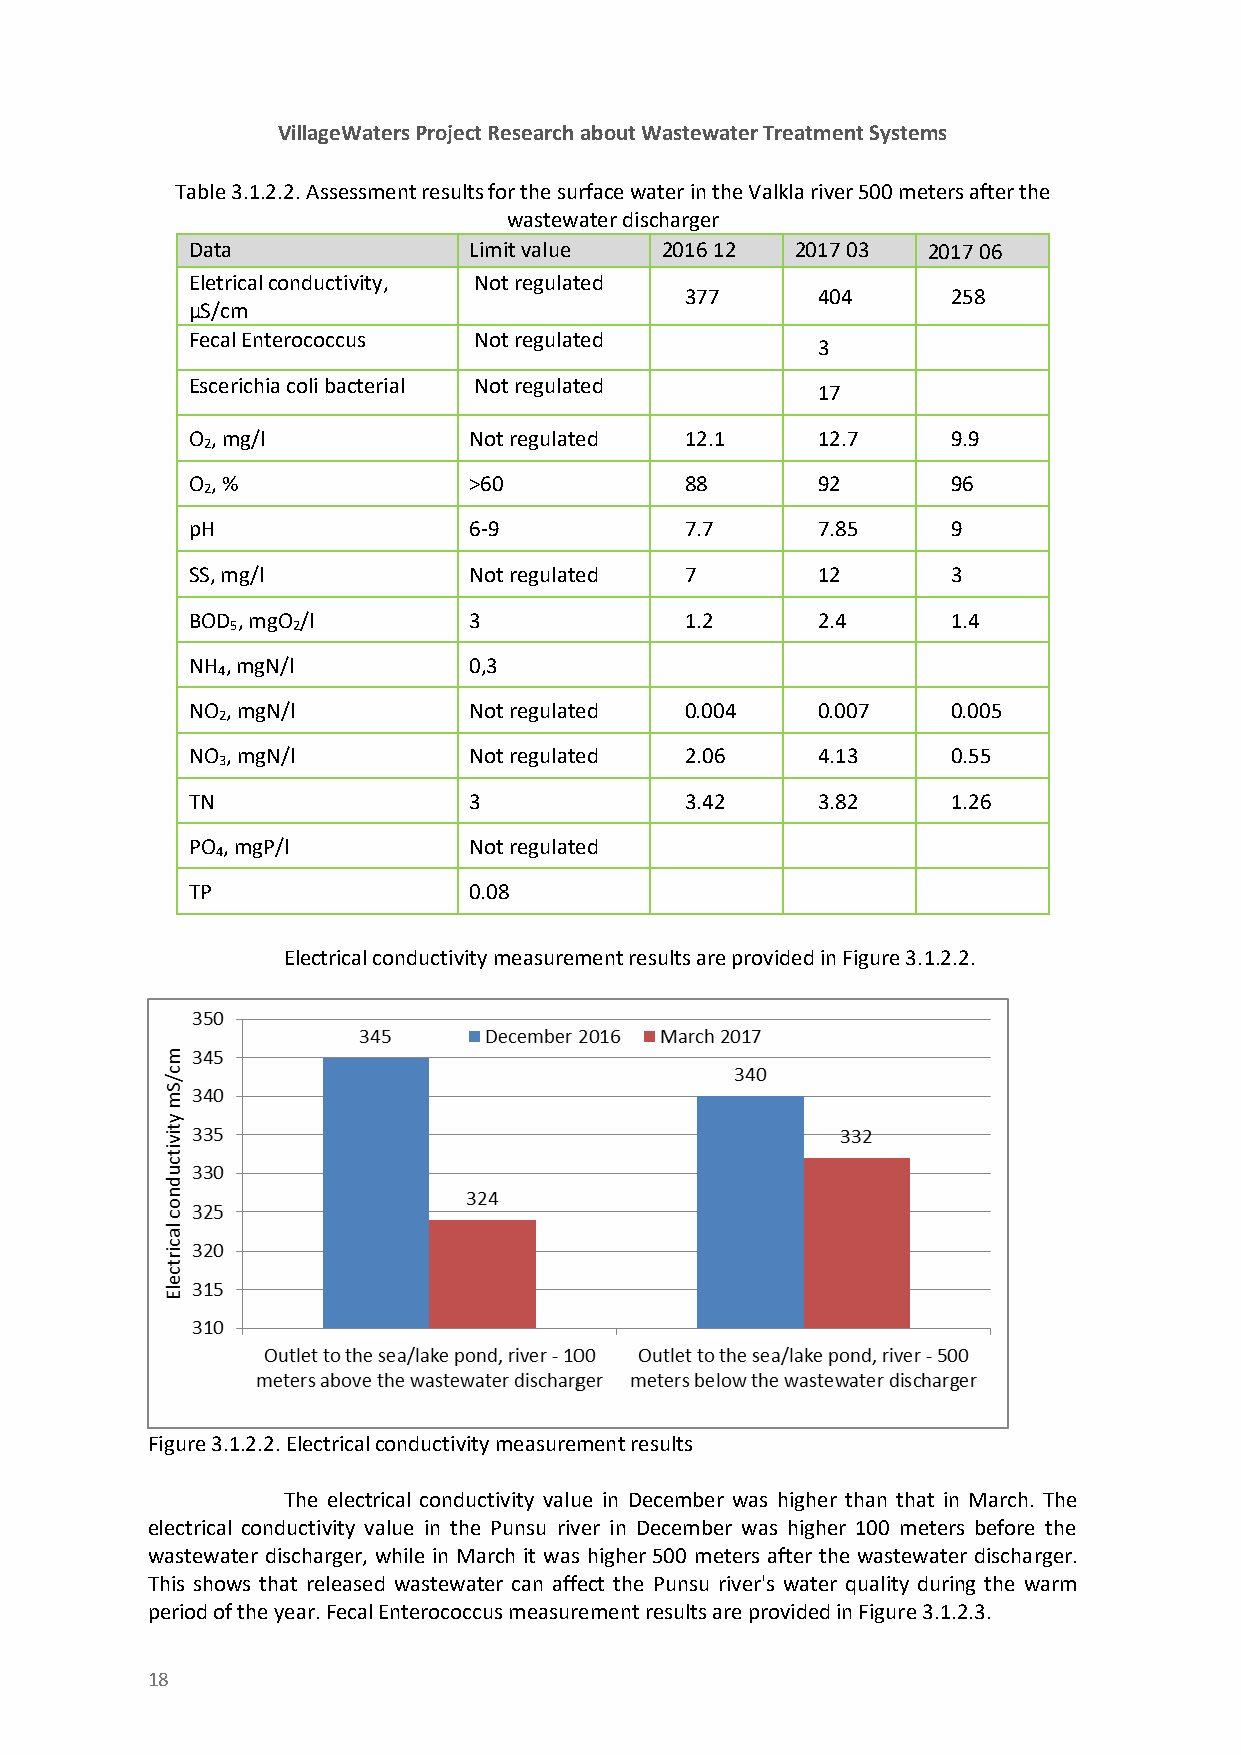
VillageWaters Project Research about Wastewater Treatment Systems
 Table 3.1.2.2. Assessment results for the surface water in the Valkla river 500 meters after the
 wastewater discharger
 Data               Limit value  2016 12  2017 03 2017 06
 Eletrical conductivity, Not regulated
 377      404      258
 µS/cm
 Fecal Enterococcus Not regulated
 3
 Escerichia coli bacterial Not regulated
 17
 O , mg/l           Not regulated 12.1     12.7     9.9
 2
 O , %              >60           88       92       96
 2
 pH                 6-9           7.7      7.85     9
 SS, mg/l           Not regulated 7        12       3
 BOD , mgO /l       3             1.2      2.4      1.4
 5   2
 NH , mgN/l         0,3
 4
 NO , mgN/l         Not regulated 0.004    0.007    0.005
 2
 NO , mgN/l         Not regulated 2.06     4.13     0.55
 3
 TN                 3             3.42     3.82     1.26
 PO , mgP/l         Not regulated
 4
 TP                 0.08
 Electrical conductivity measurement results are provided in Figure 3.1.2.2.
 Figure 3.1.2.2. Electrical conductivity measurement results
 The electrical conductivity value in December was higher than that in March. The
 electrical conductivity value in the Punsu river in December was higher 100 meters before the
 wastewater discharger, while in March it was higher 500 meters after the wastewater discharger.
 This shows that released wastewater can affect the Punsu river's water quality during the warm
 period of the year. Fecal Enterococcus measurement results are provided in Figure 3.1.2.3.
 18